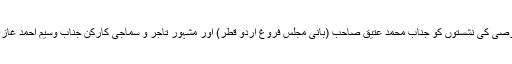
جبکہ مہمانان خصوصی کی نشستوں کو جناب محمد عتیق صاحب (بانی مجلس فروغ اردو قطر) اور مشہور تاجر و سماجی کارکن جناب وسیم احمد غازی نے رونق بخشی۔